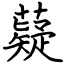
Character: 薿